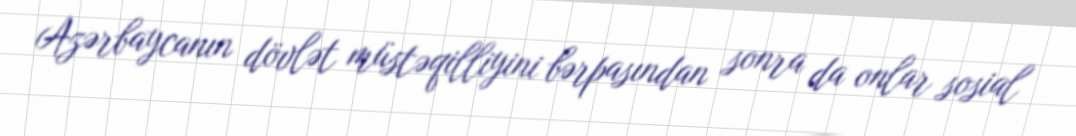
Azərbaycanın dövlət müstəqilliyini bərpasından sonra da onlar sosial